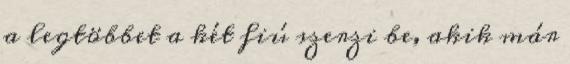
a legtöbbet a két fiú szerzi be, akik már